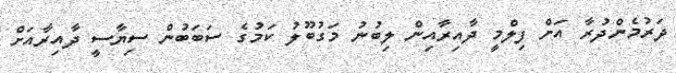
ދަރުމެންދުރާ އަށް ފިލްމީ ދާއިރާއިން ލިބުނު މަގުބޫލު ކަމުގެ ސަބަބުން ސިޔާސީ ދާއިރާއަށް